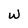
Character: W